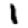
Digit: 1